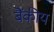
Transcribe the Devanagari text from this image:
बैंकीय